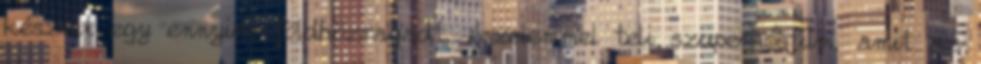
készült egy ennyire földhözragadt, érzelemmel teli szuperhősfilm, amit az